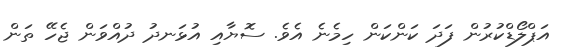
އަޕްލޯޑްކުރުން ފަދަ ކަންކަން ހިމެނެ އެވެ. ސޮޔާއި އުޅަނދު ދުއްވަން ޖެހޭ ތަން